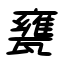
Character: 甕